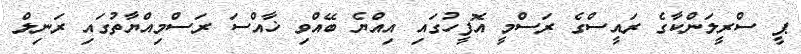
ޕީ ސްރީލަންކާގެ ރައީސްގެ ރަސްމީ އޮފީހުގައި އިއްޔެ ބޭއްވި ޚާއްސަ ރަސްމިއްޔާތުގައި ރަނިލް